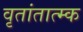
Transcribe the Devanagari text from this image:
वृतांतात्‍म्क